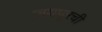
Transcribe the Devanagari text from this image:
जयपूरची